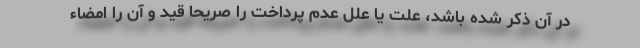
در آن ذکر شده باشد، علت یا علل عدم پرداخت را صریحا قید و آن را امضاء